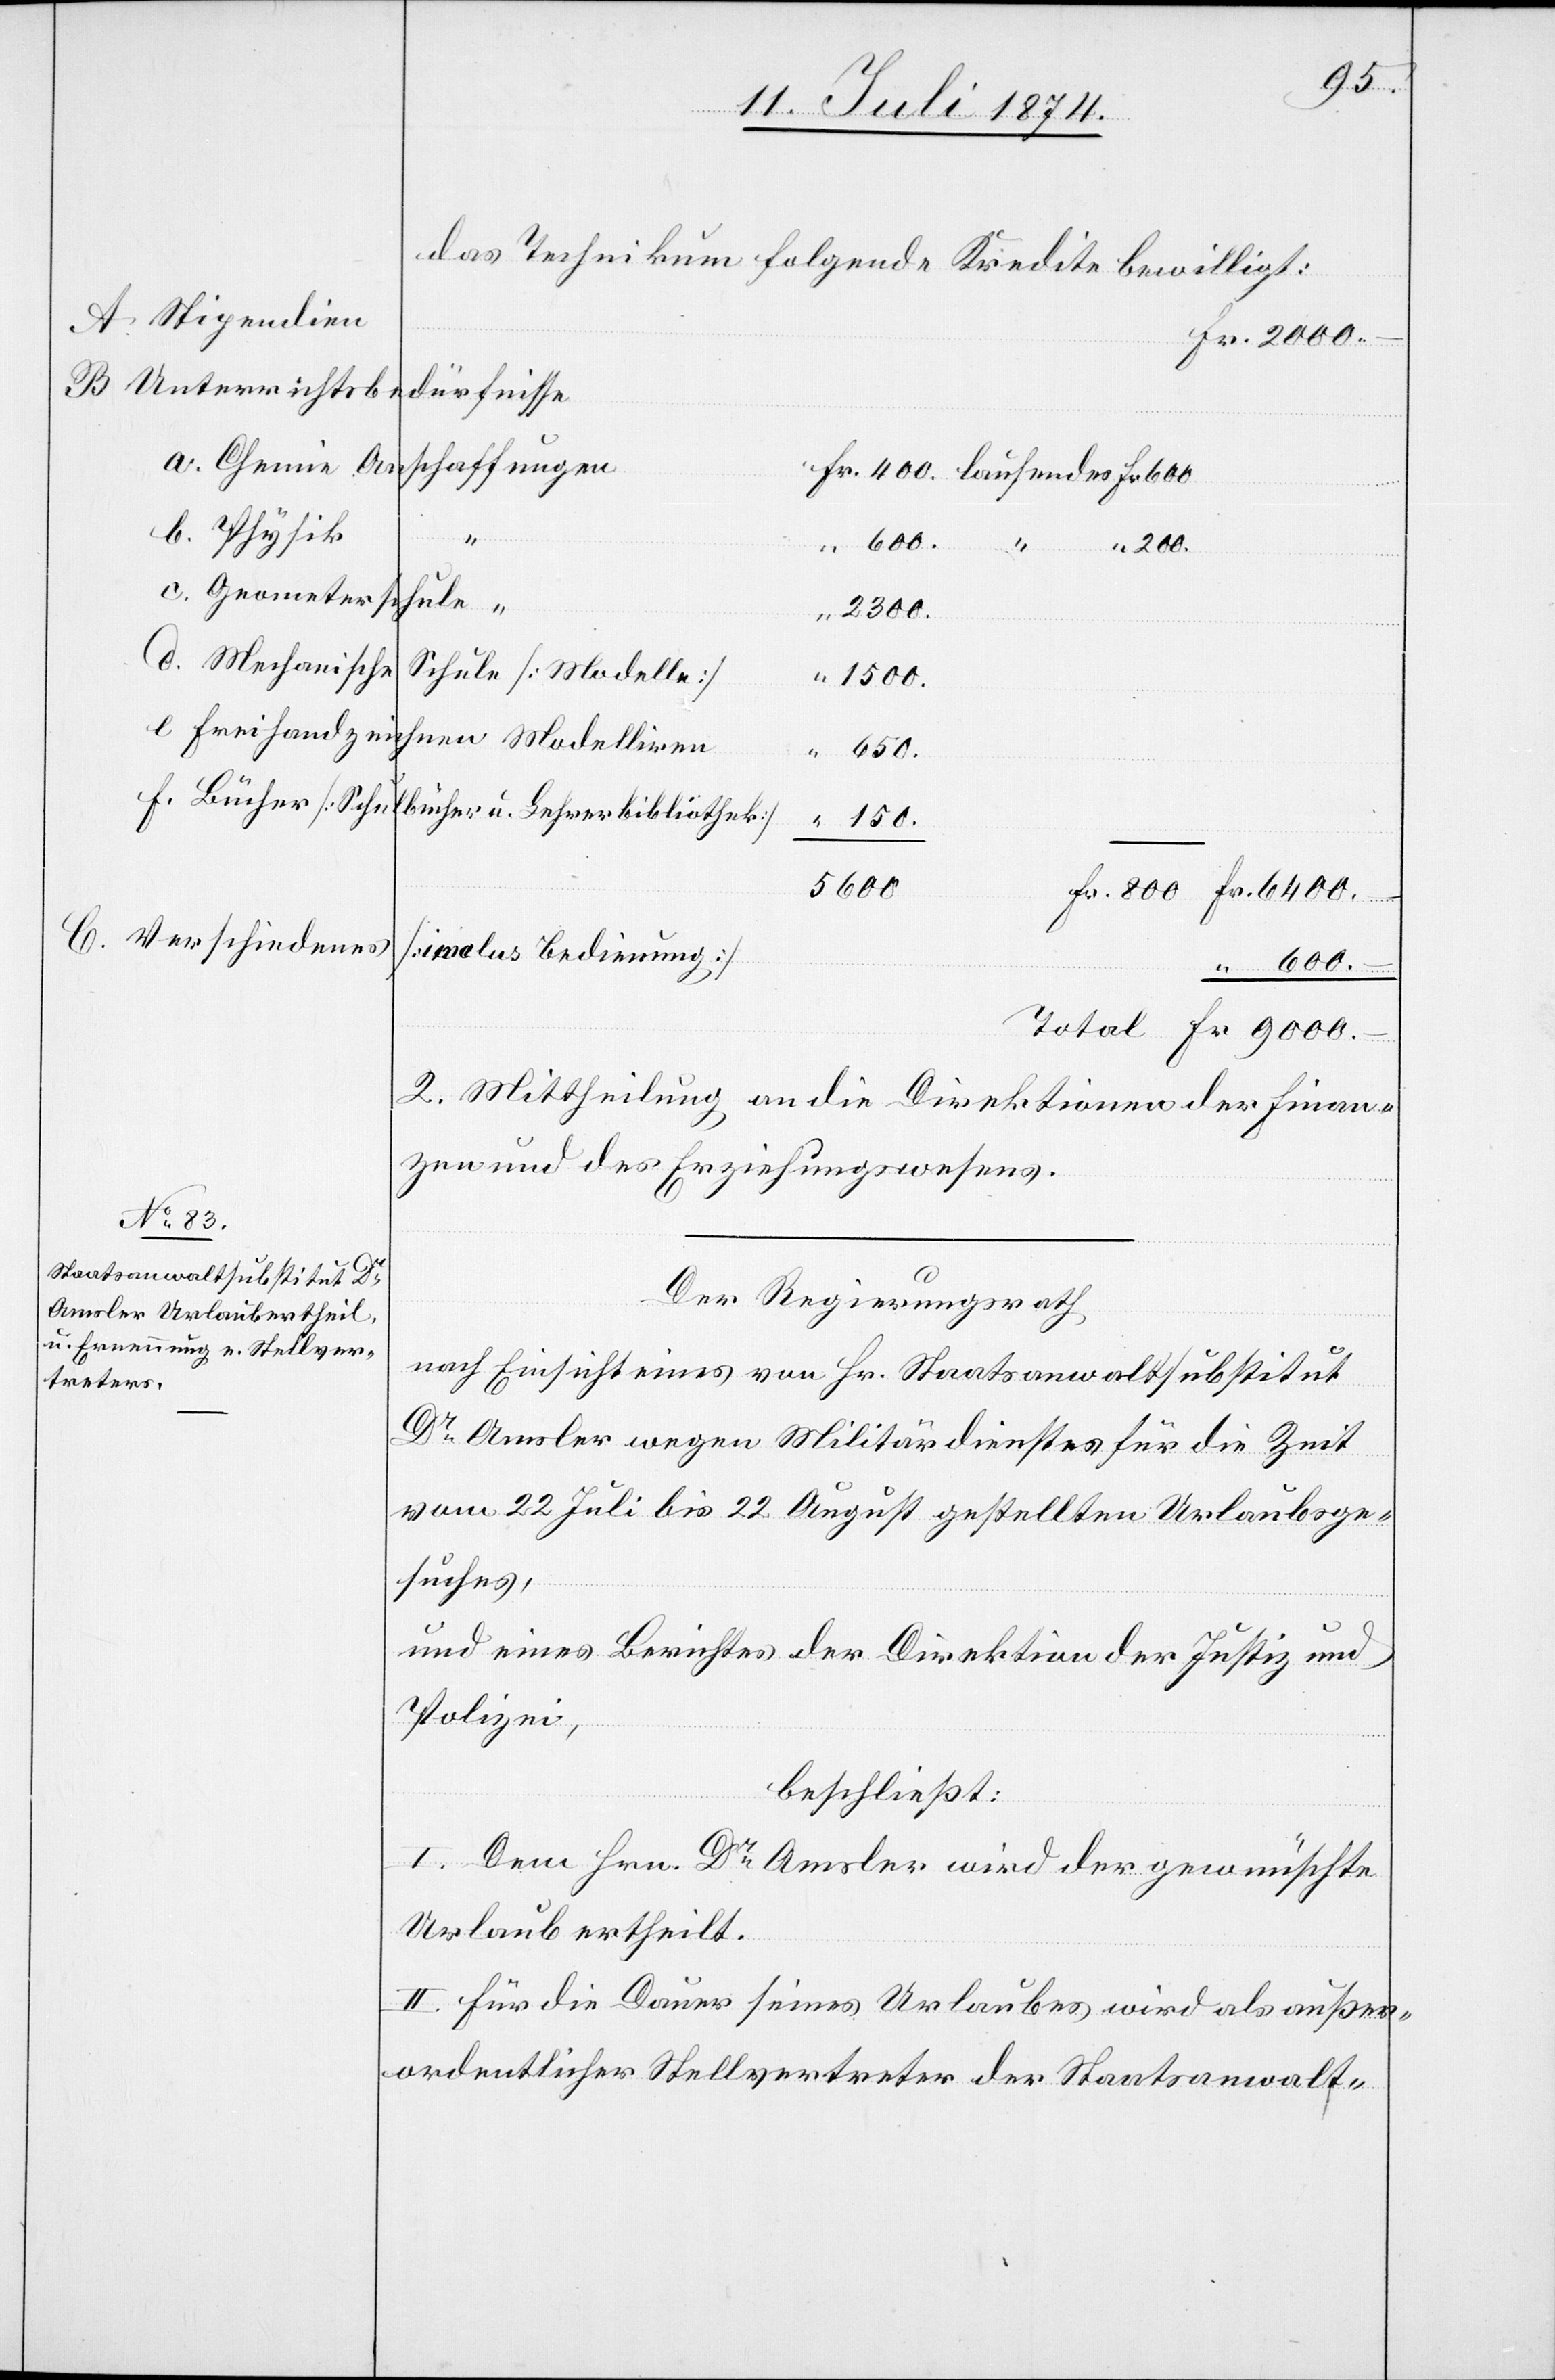
das Technikum folgende Kredite bewilligt:
Unterrichtsbe¬
dürfnisse
600.–
9000.–
Geometers¬
chule
2300.
Mechanische
Schule [Modelle]
1500.
Freihandzeichnen Modellieren
Fr.
6400.–
Bücher [Schul¬
bücher u. Lehrerbibliothek]
150.
c.
5600.
[inclus. Bedienung]
2. Mittheilung an die Direktionen der Finan¬
zen und des Erziehungswesens.
Der Regierungsrath
nach Einsicht eines von Hr. Staatsanwaltsubstitut
Dr Amsler wegen Militärdienstes für die Zeit
vom 22. Juli bis 22 August gestellten Urlaubsge¬
suches,
und eines Berichtes der Direktion der Justiz und
Polizei,
beschließt:
I. Dem Hrn. Dr Amsler wird der gewünschte
Urlaub ertheilt.
II. Für die Dauer seines Urlaubes wird als außer¬
ordentlicher Stellvertreter der Staatsanwalt-